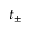
t _ { \pm }